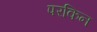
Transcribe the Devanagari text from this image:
परकिन